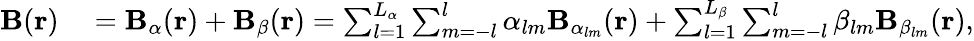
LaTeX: \begin{array}{rl}{\mathbf{B}(\mathbf{r})}&{{}=\mathbf{B}_{\alpha}(\mathbf{r})+\mathbf{B}_{\beta}(\mathbf{r})=\sum_{l=1}^{L_{\alpha}}\sum_{m=-l}^{l}\alpha_{lm}\mathbf{B}_{\alpha_{lm}}(\mathbf{r})+\sum_{l=1}^{L_{\beta}}\sum_{m=-l}^{l}\beta_{lm}\mathbf{B}_{\beta_{lm}}(\mathbf{r}),}\end{array}